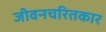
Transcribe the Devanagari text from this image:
जीवनचरितकार